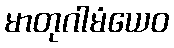
မာတုဂါမံယေဝ